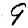
Digit: 9